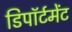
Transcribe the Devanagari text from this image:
डिपॉर्टमेंट